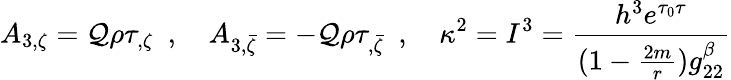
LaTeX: A_{3,\zeta}=\mathcal{Q}\rho\tau_{,\zeta}\ \ ,\ \ \ \ A_{3,\bar{{\zeta}}}=-\mathcal{Q}\rho\tau_{,\bar{{\zeta}}}\ \ ,\ \ \ \ \kappa^{2}=I^{3}={\frac{{h^{3}e^{\tau_{0}\tau}}}{{(1-{\frac{{2m}}{{r}}})g_{22}^{\beta}}}}